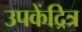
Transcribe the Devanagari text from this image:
उपकेंद्रित्र